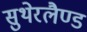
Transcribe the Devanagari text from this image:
सुथेरलैण्ड